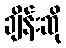
ချိန်းဆို